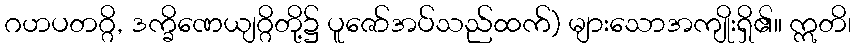
ဂဟပတဂ္ဂိ, ဒက္ခိဏေယျဂ္ဂိတို့၌ ပူဇော်အပ်သည်ထက်) များသောအကျိုးရှိ၏။ ဣတိ၊